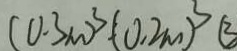
( 0 . 3 m ) ^ { 3 } ( 0 . 2 m ) ^ { 3 } ( 3